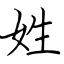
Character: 姓